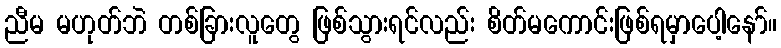
ညီမ မဟုတ်ဘဲ တစ်ခြားလူတွေ ဖြစ်သွားရင်လည်း စိတ်မကောင်းဖြစ်ရမှာပေါ့နော်။